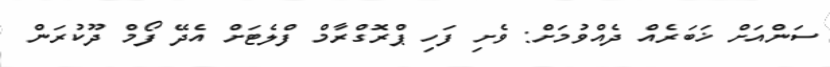
ސަންއަށް ޚަބަރެއް ދެއްވުމަށް: ވެށި ފަހި ޕްރޮގްރާމް ފްލެޓަށް އެދޭ ފޯމް ދޫކުރަން